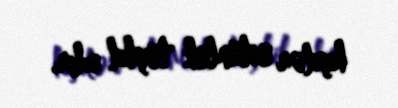
kişilər üstünlük təşkil edir.